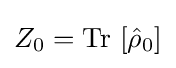
Z_{0}=\operatorname {Tr} \,\left[{\hat {\rho }}_{0}\right]